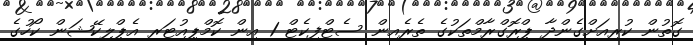
ގޮތުން ކުރިއަށްގެންދާ ޕްރޮގްރާމްތަކުގެ ތެރެއިން ސެޓްފިކެޓް 1 އިން ކޮމްޕިއުޓަރ އެޕްލިކޭޝަން ކޯހުގެ